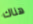
هناك